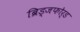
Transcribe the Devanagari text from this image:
ब्रिड्जफोर्ड